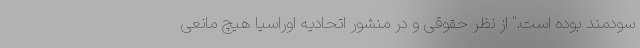
سودمند بوده است." از نظر حقوقی و در منشور اتحادیه اوراسیا هیچ مانعی